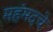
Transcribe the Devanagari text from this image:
महंमदचे